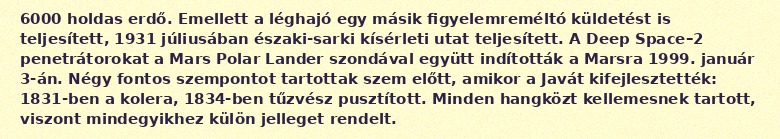
6000 holdas erdő. Emellett a léghajó egy másik figyelemreméltó küldetést is teljesített, 1931 júliusában északi-sarki kísérleti utat teljesített. A Deep Space–2 penetrátorokat a Mars Polar Lander szondával együtt indították a Marsra 1999. január 3-án. Négy fontos szempontot tartottak szem előtt, amikor a Javát kifejlesztették: 1831-ben a kolera, 1834-ben tűzvész pusztított. Minden hangközt kellemesnek tartott, viszont mindegyikhez külön jelleget rendelt.